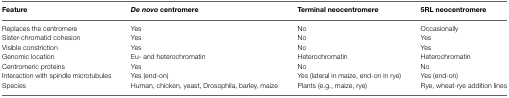
<table><thead><tr><td><b>Feature</b></td><td><b><i>De novo</i> centromere</b></td><td><b>Terminal neocentromere</b></td><td><b>5RL neocentromere</b></td></tr></thead><tbody><tr><td>Replaces the centromere</td><td>Yes</td><td>No</td><td>Occasionally</td></tr><tr><td>Sister-chromatid cohesion</td><td>Yes</td><td>No</td><td>Yes</td></tr><tr><td>Visible constriction</td><td>Yes</td><td>No</td><td>Yes</td></tr><tr><td>Genomic location</td><td>Eu- and heterochromatin</td><td>Heterochromatin</td><td>Heterochromatin</td></tr><tr><td>Centromeric proteins</td><td>Yes</td><td>No</td><td>No</td></tr><tr><td>Interaction with spindle microtubules</td><td>Yes (end-on)</td><td>Yes (lateral in maize, end-on in rye)</td><td>Yes (end-on)</td></tr><tr><td>Species</td><td>Human, chicken, yeast, Drosophila, barley, maize</td><td>Plants (e.g., maize, rye)</td><td>Rye, wheat-rye addition lines</td></tr></tbody></table>